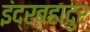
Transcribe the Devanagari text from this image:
इंद्रबहादुर